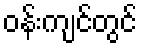
ဝန်းကျင်တွင်